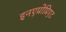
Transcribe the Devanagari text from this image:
इनएप्रोप्रिएट